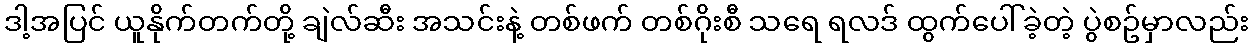
ဒါ့အပြင် ယူနိုက်တက်တို့ ချဲလ်ဆီး အသင်းနဲ့ တစ်ဖက် တစ်ဂိုးစီ သရေ ရလဒ် ထွက်ပေါ်ခဲ့တဲ့ ပွဲစဥ်မှာလည်း